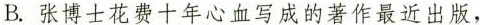
B.张博士花费十年心血写成的著作最近出版，